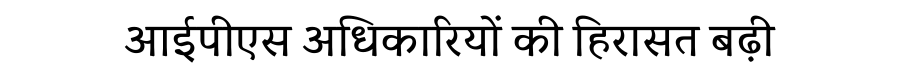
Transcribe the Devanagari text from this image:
आईपीएस अधिकारियों की हिरासत बढ़ी